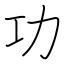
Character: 功